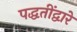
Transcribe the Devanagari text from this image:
पद्धतींद्वारे